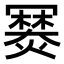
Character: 𤏷